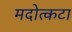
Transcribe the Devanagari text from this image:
मदोत्कटा